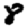
Digit: 8